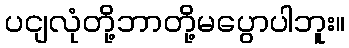
ပငျလုံတို့ဘာတို့မပွောပါဘူး။